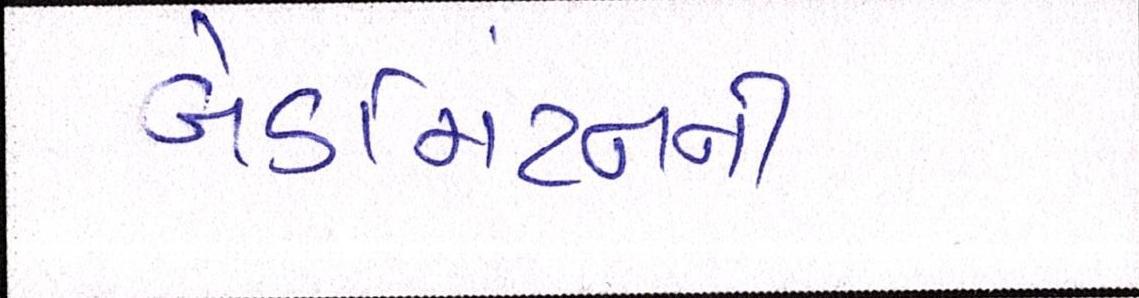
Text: બેડમિંટનની